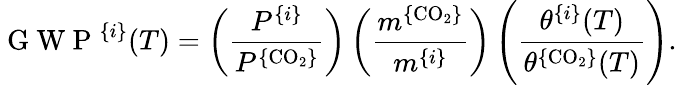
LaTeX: \mathrm{~G~W~P~}^{\{ i\} }(T)=\left(\frac{P^{\{ i\} }}{P^{\{ \mathrm{CO}_{2}\} }}\right)\left(\frac{m^{\{ \mathrm{CO}_{2}\} }}{m^{\{ i\} }}\right)\left(\frac{\theta^{\{ i\} }(T)}{\theta^{\{ \mathrm{CO}_{2}\} }(T)}\right).